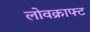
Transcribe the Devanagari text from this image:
लोवक्राफ्ट